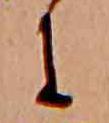
に